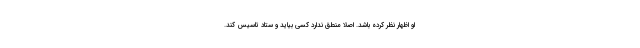
او اظهار نظر کرده باشد. اصلا منطق ندارد کسی بیاید و ستاد تاسیس کند.